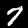
Label: 7